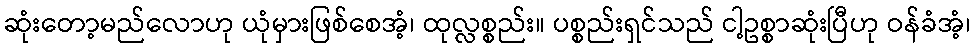
ဆုံးတော့မည်လောဟု ယုံမှားဖြစ်စေအံ့၊ ထုလ္လစ္စည်း။ ပစ္စည်းရှင်သည် ငါ့ဥစ္စာဆုံးပြီဟု ဝန်ခံအံ့၊